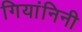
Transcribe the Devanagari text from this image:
गियांनिनी